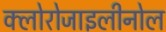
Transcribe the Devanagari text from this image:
क्लोरोजाइलीनोल